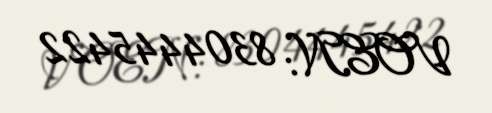
VOEN: 8304445422